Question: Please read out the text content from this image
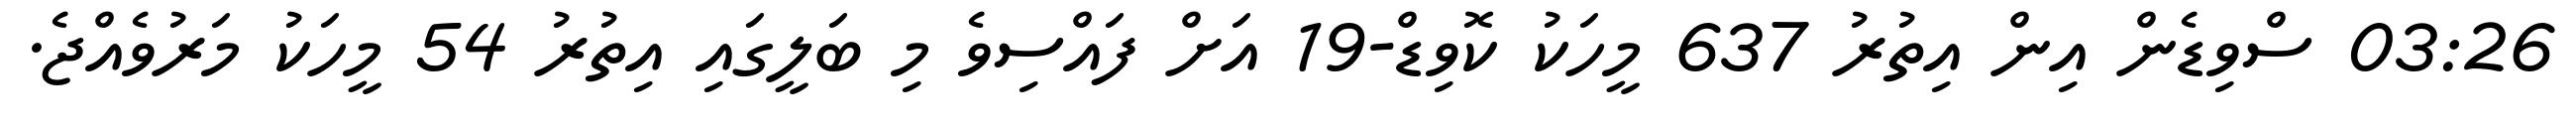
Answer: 03:26 ސްވިޑެން އިން އިތުރު 637 މީހަކު ކޮވިޑް-19 އަށް ފައްސިވެ މި ބަލީގައި އިތުރު 54 މީހަކު މަރުވެއްޖެ.